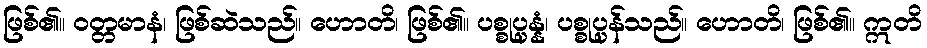
ဖြစ်၏။ ဝတ္တမာနံ၊ ဖြစ်ဆဲသည်။ ဟောတိ၊ ဖြစ်၏။ ပစ္စုပ္ပန္နံ၊ ပစ္စုပ္ပန်သည်။ ဟောတိ၊ ဖြစ်၏။ ဣတိ